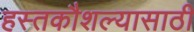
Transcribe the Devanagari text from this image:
हस्तकौशल्यासाठी